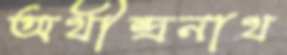
অথীন্দ্রনাথ